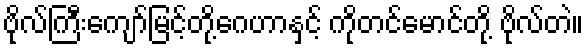
ဗိုလ်ကြီးကျော်မြင့်တို့ဂေဟာနှင့် ကိုတင်မောင်တို့ ဗိုလ်တဲ။